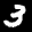
Label: 3